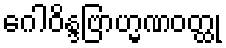
ဂေါဝိန္ဒဗြာဟ္မဏဝတ္ထု